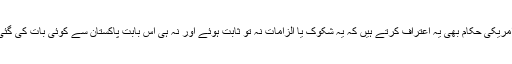
"امریکی حکام بھی یہ اعتراف کرتے ہیں کہ یہ شکوک یا الزامات نہ تو ثابت ہوئے اور نہ ہی اس بابت پاکستان سے کوئی بات کی گئی۔